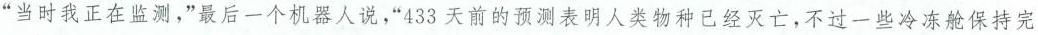
“当时我正在监测，”最后一个机器人说，“433天前的预测表明人类物种已经灭亡，不过一些冷冻舱保持完